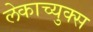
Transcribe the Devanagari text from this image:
लेकाच्युक्स